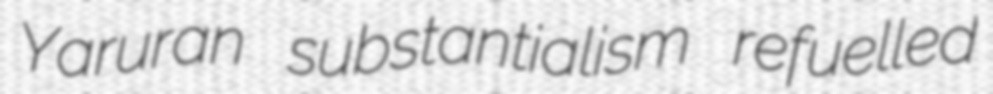
Yaruran substantialism refuelled